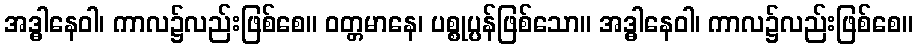
အဒ္ဓါနေဝါ၊ ကာလ၌လည်းဖြစ်စေ။ ဝတ္တမာနေ၊ ပစ္စုပ္ပန်ဖြစ်သော။ အဒ္ဓါနေဝါ၊ ကာလ၌လည်းဖြစ်စေ။